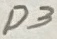
Text: D3